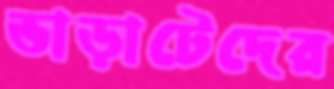
ভাড়াটেদের